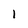
Character: 1